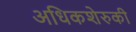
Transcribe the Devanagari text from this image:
अधिकशेरुकी